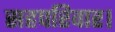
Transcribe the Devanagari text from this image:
सहपरिवार।